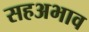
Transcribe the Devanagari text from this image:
सहअभाव